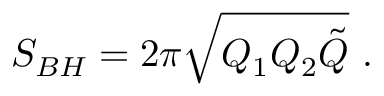
S _ { B H } = 2 \pi \sqrt { Q _ { 1 } Q _ { 2 } \tilde { Q } } \ .